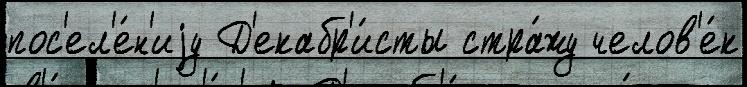
пос'ел'е́н'иjу Д'екабр'и́сты стра́жу челов'е́к